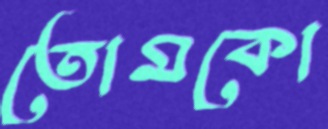
তোমকো